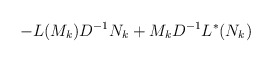
\begin{align*}- L (M_k) D^{-1} N_k + M_k D^{-1} L^{\ast}(N_k)\end{align*}